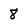
Character: 8